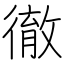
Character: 徹